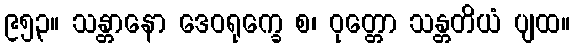
၉၅၃။ သန္တာနော ဒေဝရုက္ခေ စ၊ ဝုတ္တော သန္တတိယံ ပျထ။